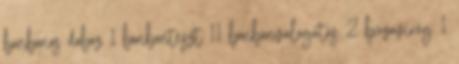
bonbonos doboz 1 bonbonteszt 11 bonbonválogatás 2 búzavirág 1